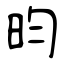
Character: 昀